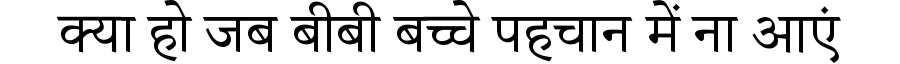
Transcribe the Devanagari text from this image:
क्या हो जब बीबी बच्चे पहचान में ना आएं